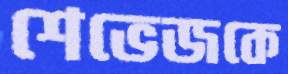
শেভেজকে